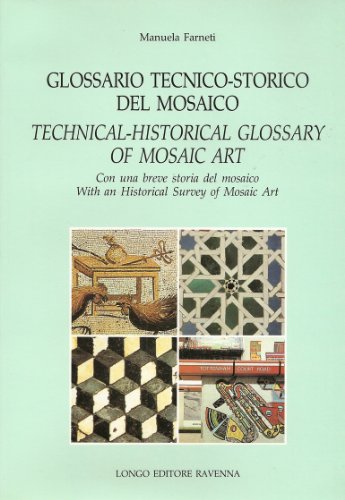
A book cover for Glossario Tecnico-Storico del Mosaico / Technical-Historical Glossary of Mosaic Art: Con una breve storia del mosaico With An Historical Survey of Mosaic Art; Manuela Farneti; Arts & Photography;